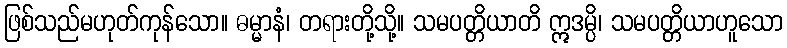
ဖြစ်သည်မဟုတ်ကုန်သော။ ဓမ္မာနံ၊ တရားတို့သို့။ သမပတ္တိယာတိ ဣဒမ္ပိ၊ သမပတ္တိယာဟူသော